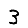
Digit: 3